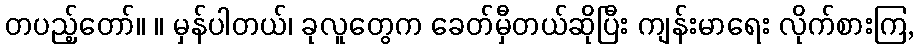
တပည့်တော်။ ။ မှန်ပါတယ်၊ ခုလူတွေက ခေတ်မှီတယ်ဆိုပြီး ကျန်းမာရေး လိုက်စားကြ,